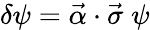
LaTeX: \delta\psi=\vec{\alpha}\cdot\vec{\sigma}\; \psi